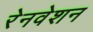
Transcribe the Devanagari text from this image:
रेनवेशन